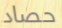
حصاد